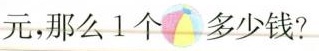
元，那么1个多少钱?